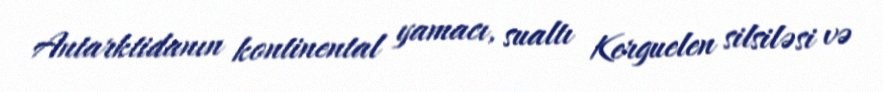
Antarktidanın kontinental yamacı, sualtı Kerguelen silsiləsi və